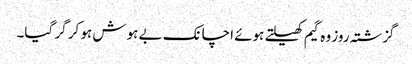
گزشتہ روز وہ گیم کھیلتے ہوئے اچانک بے ہوش ہو کر گر گیا۔